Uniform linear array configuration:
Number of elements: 8
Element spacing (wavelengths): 0.25
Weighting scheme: kaiser
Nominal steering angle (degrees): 15
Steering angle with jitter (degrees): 14.77
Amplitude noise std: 0.05
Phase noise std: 0.05

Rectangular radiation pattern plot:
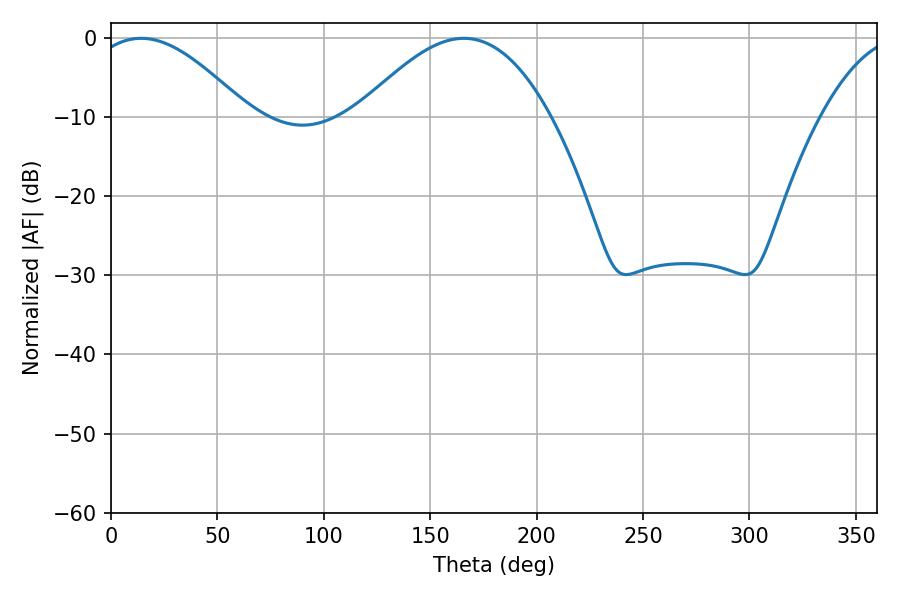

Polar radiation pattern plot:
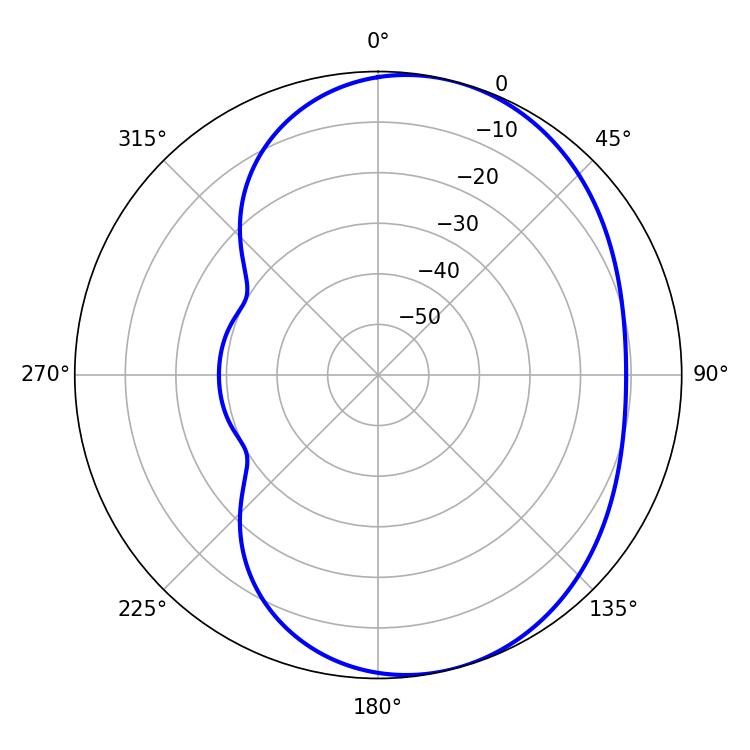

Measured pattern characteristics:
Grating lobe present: FALSE
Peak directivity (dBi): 5.425
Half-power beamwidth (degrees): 49.14
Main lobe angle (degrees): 165.78